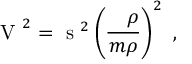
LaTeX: \mathrm { \boldmath ~ V ~ } ^ { 2 } = \mathrm { \boldmath ~ s ~ } ^ { 2 } \left( \frac { { \mathrm { \boldmath ~ \nabla ~ } } \rho } { m \rho } \right) ^ { 2 } \ ,